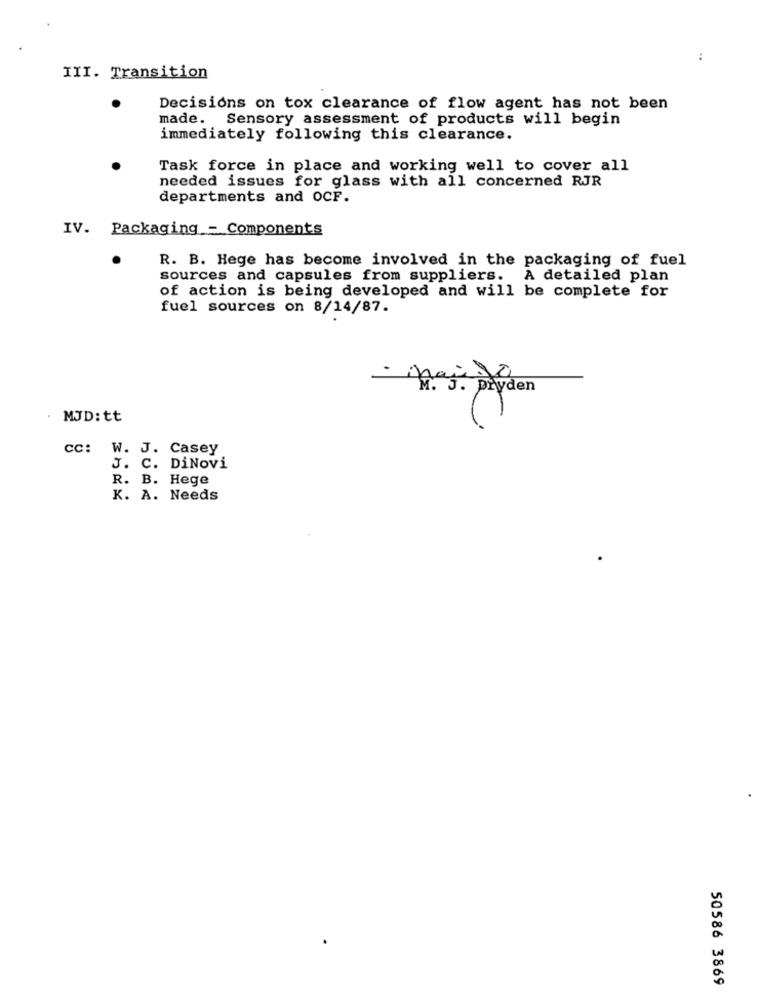
..
III. Transition
Decisions on tox clearance of flow agent has not been
made. Sensory assessment of products will begin
immediately following this clearance.
Task force in place and working well to cover all
needed issues for glass with all concerned RJR
departments and OCF.
IV. Packaging - Components
R. B. Hege has become involved in the packaging of fuel
sources and capsules from suppliers. A detailed plan
of action is being developed and will be complete for
fuel sources on 8/14/87.
. MJD: tt
cc: W. J. Casey
J. C. DiNovi
R. B. Hege
K. A. Needs
50586 3869